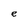
Character: e